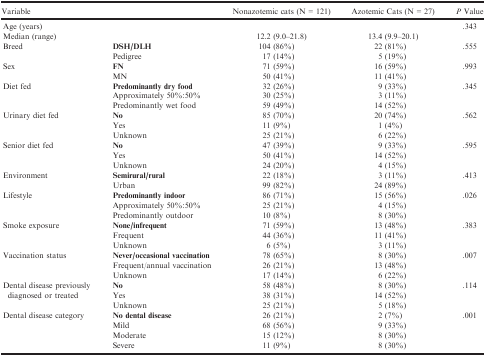
<table><thead><tr><td><b>Variable</b></td><td></td><td><b>Nonazotemic cats (N = 121)</b></td><td><b>Azotemic Cats (N = 27)</b></td><td><b><i>P</i> Value</b></td></tr></thead><tbody><tr><td>Age (years)</td><td></td><td></td><td></td><td rowspan="2">.343</td></tr><tr><td>Median (range)</td><td></td><td>12.2 (9.0–21.8)</td><td>13.4 (9.9–20.1)</td></tr><tr><td rowspan="2">Breed</td><td><b>DSH/DLH</b></td><td>104 (86%)</td><td>22 (81%)</td><td rowspan="2">.555</td></tr><tr><td>Pedigree</td><td>17 (14%)</td><td>5 (19%)</td></tr><tr><td rowspan="2">Sex</td><td><b>FN</b></td><td>71 (59%)</td><td>16 (59%)</td><td rowspan="2">.993</td></tr><tr><td>MN</td><td>50 (41%)</td><td>11 (41%)</td></tr><tr><td rowspan="3">Diet fed</td><td><b>Predominantly dry food</b></td><td>32 (26%)</td><td>9 (33%)</td><td rowspan="3">.345</td></tr><tr><td>Approximately 50%:50%</td><td>30 (25%)</td><td>3 (11%)</td></tr><tr><td>Predominantly wet food</td><td>59 (49%)</td><td>14 (52%)</td></tr><tr><td rowspan="3">Urinary diet fed</td><td><b>No</b></td><td>85 (70%)</td><td>20 (74%)</td><td rowspan="3">.562</td></tr><tr><td>Yes</td><td>11 (9%)</td><td>1 (4%)</td></tr><tr><td>Unknown</td><td>25 (21%)</td><td>6 (22%)</td></tr><tr><td rowspan="3">Senior diet fed</td><td><b>No</b></td><td>47 (39%)</td><td>9 (33%)</td><td rowspan="3">.595</td></tr><tr><td>Yes</td><td>50 (41%)</td><td>14 (52%)</td></tr><tr><td>Unknown</td><td>24 (20%)</td><td>4 (15%)</td></tr><tr><td rowspan="2">Environment</td><td><b>Semirural/rural</b></td><td>22 (18%)</td><td>3 (11%)</td><td rowspan="2">.413</td></tr><tr><td>Urban</td><td>99 (82%)</td><td>24 (89%)</td></tr><tr><td rowspan="3">Lifestyle</td><td><b>Predominantly indoor</b></td><td>86 (71%)</td><td>15 (56%)</td><td rowspan="3">.026</td></tr><tr><td>Approximately 50%:50%</td><td>25 (21%)</td><td>4 (15%)</td></tr><tr><td>Predominantly outdoor</td><td>10 (8%)</td><td>8 (30%)</td></tr><tr><td rowspan="3">Smoke exposure</td><td><b>None/infrequent</b></td><td>71 (59%)</td><td>13 (48%)</td><td rowspan="3">.383</td></tr><tr><td>Frequent</td><td>44 (36%)</td><td>11 (41%)</td></tr><tr><td>Unknown</td><td>6 (5%)</td><td>3 (11%)</td></tr><tr><td rowspan="3">Vaccination status</td><td><b>Never/occasional vaccination</b></td><td>78 (65%)</td><td>8 (30%)</td><td rowspan="3">.007</td></tr><tr><td>Frequent/annual vaccination</td><td>26 (21%)</td><td>13 (48%)</td></tr><tr><td>Unknown</td><td>17 (14%)</td><td>6 (22%)</td></tr><tr><td rowspan="3">Dental disease previously diagnosed or treated</td><td><b>No</b></td><td>58 (48%)</td><td>8 (30%)</td><td rowspan="3">.114</td></tr><tr><td>Yes</td><td>38 (31%)</td><td>14 (52%)</td></tr><tr><td>Unknown</td><td>25 (21%)</td><td>5 (18%)</td></tr><tr><td rowspan="4">Dental disease category</td><td><b>No dental disease</b></td><td>26 (21%)</td><td>2 (7%)</td><td rowspan="4">.001</td></tr><tr><td>Mild</td><td>68 (56%)</td><td>9 (33%)</td></tr><tr><td>Moderate</td><td>15 (12%)</td><td>8 (30%)</td></tr><tr><td>Severe</td><td>11 (9%)</td><td>8 (30%)</td></tr></tbody></table>